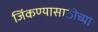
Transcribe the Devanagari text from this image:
जिंकण्यासाठीच्या